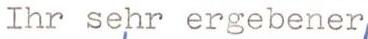
Ihr sehr ergebener